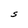
Character: S